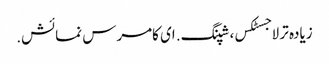
زیادہ تر لاجسٹکس، شپنگ. ای کامرس نمائش.